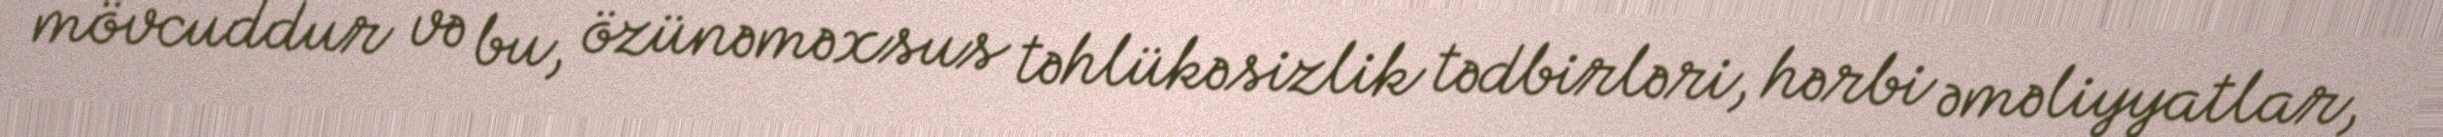
mövcuddur və bu, özünəməxsus təhlükəsizlik tədbirləri, hərbi əməliyyatlar,